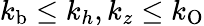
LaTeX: k_{\mathrm{b}}\leq k_{h},k_{z}\leq k_{\mathrm{O}}